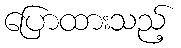
ပြောထားသည့်